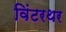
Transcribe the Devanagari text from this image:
विंटरथर